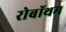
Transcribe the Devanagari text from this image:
रोबॉथम